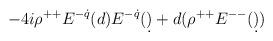
LaTeX: \begin{align*}-4i\rho^{++}E^{-\dot q}(d)E^{-\dot q}(\d)+d(\rho^{++}E^{--}(\d))\end{align*}